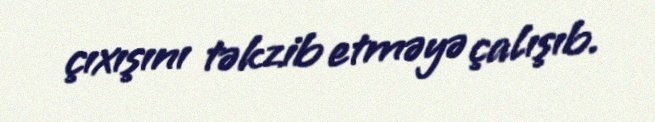
çıxışını təkzib etməyə çalışıb.